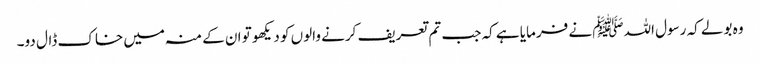
وہ بولے کہ رسول اللہﷺ نے فرمایا ہے کہ جب تم تعریف کرنے والوں کو دیکھو تو ان کے منہ میں خاک ڈال دو۔